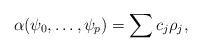
LaTeX: \begin{align*}\alpha(\psi_0,\dots,\psi_p)=\sum c_j \rho_j ,\end{align*}